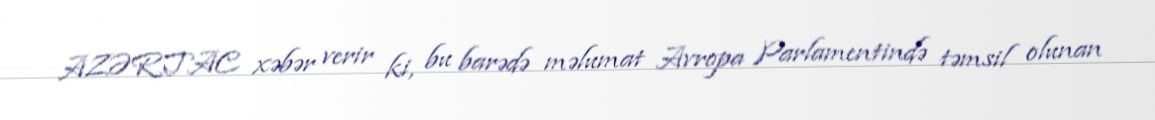
AZƏRTAC xəbər verir ki, bu barədə məlumat Avropa Parlamentində təmsil olunan